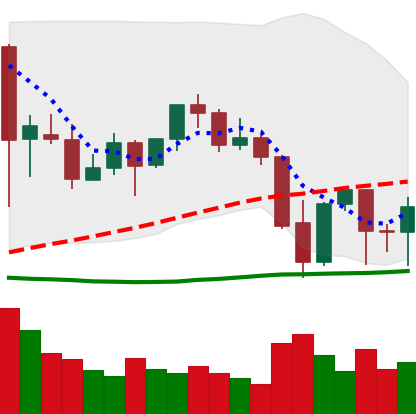
Ticker: ETH-USD
Chart end date: 2021-09-26
Forward return: 8.009%
Label: up_7plus